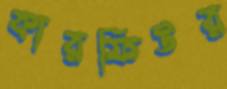
কারফিউর